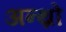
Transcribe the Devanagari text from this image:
अन्थ्रो